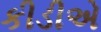
કીડીએ